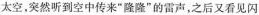
太空，突然听到空中传来”隆隆”的雷声，之后又看见闪